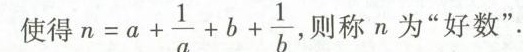
使得 $$n =a + \frac { 1 } { a } + b + \frac { 1 } { b },$$ 称n为”好数”。